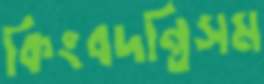
কিংবদন্তিসম